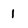
Character: l